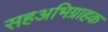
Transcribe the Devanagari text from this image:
सहअभिग्राहक